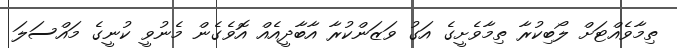
ތިމާވެއްޓަށް ލޯބިކުރާ ތިމާވެށީގެ އަގު ވަޒަންކުރާ އާބާދީއެއް އޮވެގެން މެނުވީ ކުނީގެ މައްސަލަ